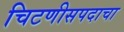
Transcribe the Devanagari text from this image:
चिटणीसपदाचा